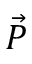
\vec { P }